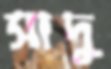
সাদু